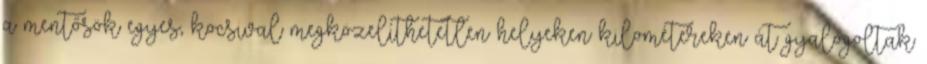
a mentősök egyes, kocsival megközelíthetetlen helyeken kilométereken át gyalogoltak